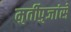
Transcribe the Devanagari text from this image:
मुर्तीपुजांसे